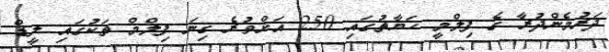
ދަރުމެންދުރާ ގެ ފިލްމީ ހަޔާތުގައި 250 އަަށްވުރެ ގިނަ ފިލްމް ތަކުގައި ލީޑް